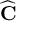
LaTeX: \widehat { \mathbf { C } }